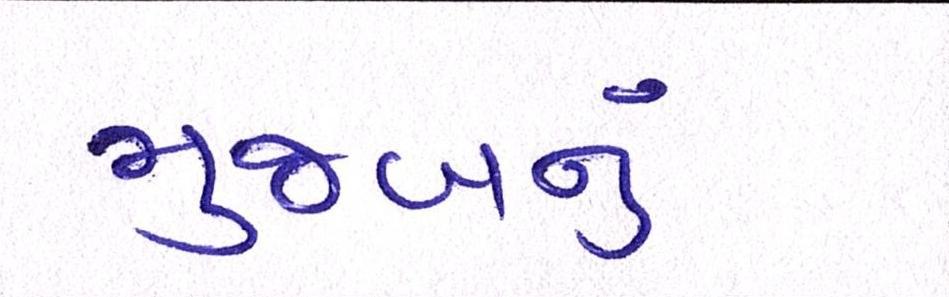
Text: મુજબનું